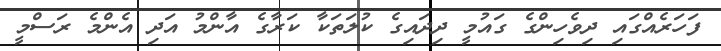
ފަހަރެއްގައި ދިވެހިންގެ ގައުމީ ދިދައިގެ ކުލަތަކާ ކަރާގެ އާންމު އަދި އެންމެ ރަސްމީ